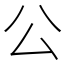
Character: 公